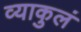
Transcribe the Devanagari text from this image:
व्याकुलं